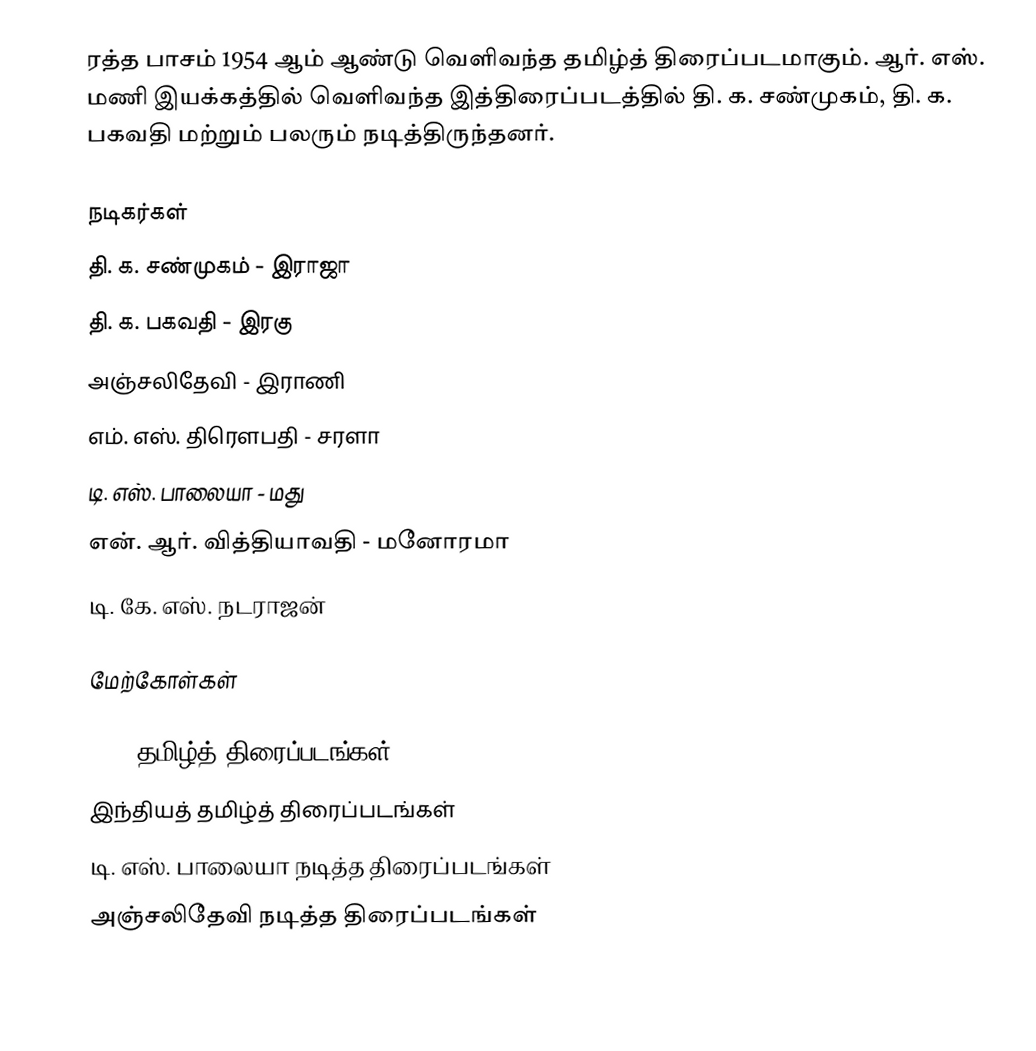
ரத்த பாசம் 1954 ஆம் ஆண்டு வெளிவந்த தமிழ்த் திரைப்படமாகும். ஆர். எஸ். மணி இயக்கத்தில் வெளிவந்த இத்திரைப்படத்தில் தி. க. சண்முகம், தி. க. பகவதி மற்றும் பலரும் நடித்திருந்தனர்.

நடிகர்கள்
 தி. க. சண்முகம் - இராஜா
 தி. க. பகவதி - இரகு
 அஞ்சலிதேவி - இராணி
 எம். எஸ். திரௌபதி - சரளா
 டி. எஸ். பாலையா - மது
 என். ஆர். வித்தியாவதி - மனோரமா
 டி. கே. எஸ். நடராஜன்

மேற்கோள்கள்

1954 தமிழ்த் திரைப்படங்கள்
இந்தியத் தமிழ்த் திரைப்படங்கள்
டி. எஸ். பாலையா நடித்த திரைப்படங்கள்
அஞ்சலிதேவி நடித்த திரைப்படங்கள்